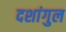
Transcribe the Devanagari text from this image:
दशांगुल